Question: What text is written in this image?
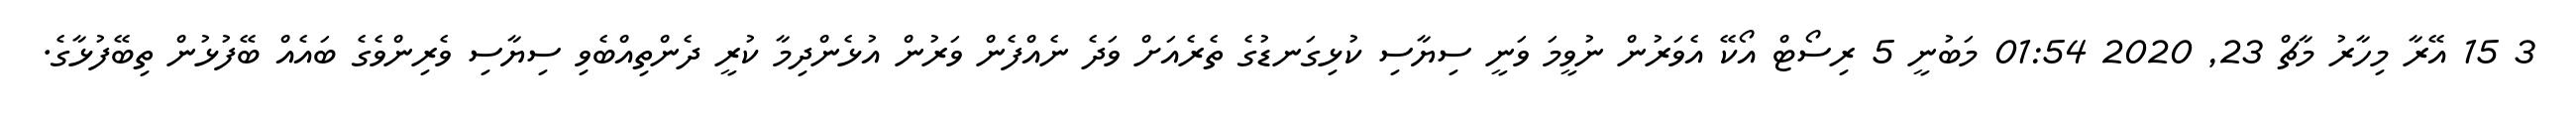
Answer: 3 15 އޭރާ މިހާރު މާޗް 23, 2020 01:54 މަބުނީ 5 ރިސޯޓް އޯކޭ އެވަރުން ނުވީމަ ވަނީ ސިޔާސި ކުޅިގަނޑުގެ ތެރެއަށް ވަދެ ނެއްފެން ވަރުން އުޅެންދިމާ ކުރީ ދެންތިއްބެވި ސިޔާސި ވެރިންވެގެ ބައެއް ބޭފުޅުން ތިބޭފުޅާގެ.